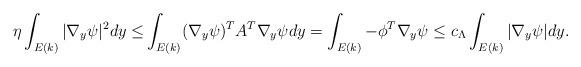
LaTeX: \begin{align*} \eta\int_{E (k )} |\nabla_y\psi |^2dy\leq& \int_{E (k)} (\nabla_y\psi )^TA^T\nabla_y\psi dy=\int_{E (k )}-\phi^T\nabla_y\psi \leq c_\Lambda\int_{E (k )} |\nabla_y\psi |dy. \end{align*}